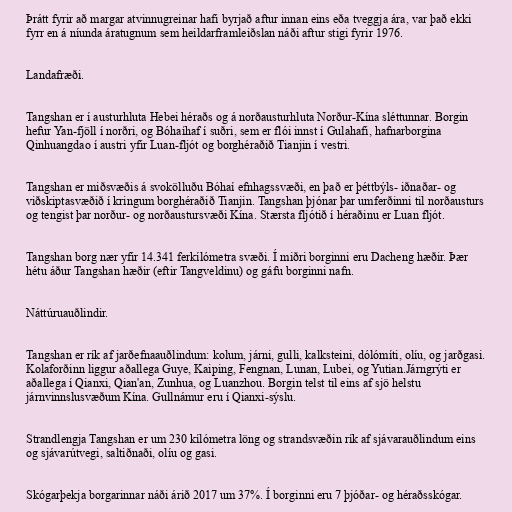
Þrátt fyrir að margar atvinnugreinar hafi byrjað aftur innan eins eða tveggja ára, var það ekki
fyrr en á níunda áratugnum sem heildarframleiðslan náði aftur stigi fyrir 1976.

Landafræði.

Tangshan er í austurhluta Hebei héraðs og á norðausturhluta Norður-Kína sléttunnar. Borgin
hefur Yan-fjöll í norðri, og Bóhaíhaf í suðri, sem er flói innst í Gulahafi, hafnarborgina
Qinhuangdao í austri yfir Luan-fljót og borghéraðið Tianjin í vestri.

Tangshan er miðsvæðis á svokölluðu Bóhaí efnhagssvæði, en það er þéttbýls- iðnaðar- og
viðskiptasvæðið í kringum borghéraðið Tianjin. Tangshan þjónar þar umferðinni til norðausturs
og tengist þar norður- og norðaustursvæði Kína. Stærsta fljótið í héraðinu er Luan fljót.

Tangshan borg nær yfir 14.341 ferkílómetra svæði. Í miðri borginni eru Dacheng hæðir. Þær
hétu áður Tangshan hæðir (eftir Tangveldinu) og gáfu borginni nafn.

Náttúruauðlindir.

Tangshan er rík af jarðefnaauðlindum: kolum, járni, gulli, kalksteini, dólómíti, olíu, og jarðgasi.
Kolaforðinn liggur aðallega Guye, Kaiping, Fengnan, Lunan, Lubei, og Yutian.Járngrýti er
aðallega í Qianxi, Qian'an, Zunhua, og Luanzhou. Borgin telst til eins af sjö helstu
járnvinnslusvæðum Kína. Gullnámur eru í Qianxi-sýslu.

Strandlengja Tangshan er um 230 kílómetra löng og strandsvæðin rík af sjávarauðlindum eins
og sjávarútvegi, saltiðnaði, olíu og gasi.

Skógarþekja borgarinnar náði árið 2017 um 37%. Í borginni eru 7 þjóðar- og héraðsskógar.